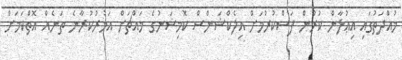
މުއްދަތުގައި އިޢުލާން ކުރުން ފަސްކުރުމަށް އިލެކްޝަންސް ކޮމިޝަނުގެ މައްޗަށް އަމުރުކުރާނެ ތަނެއް އޮތްކަމަށް